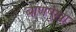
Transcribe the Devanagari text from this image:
बाणपुंखा